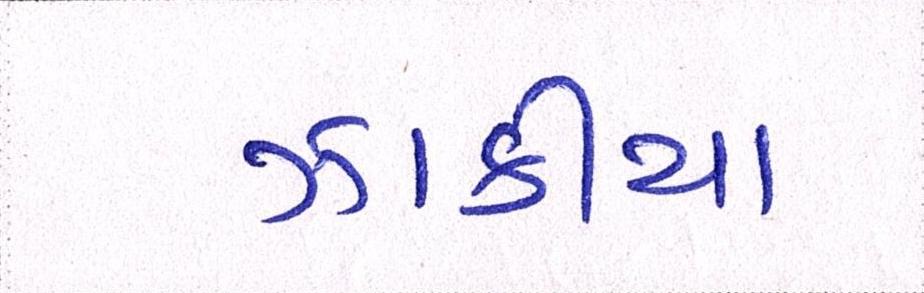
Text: ઝાકીયા